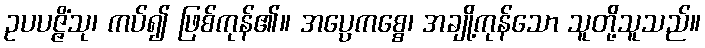
ဥပပဇ္ဇိံသု၊ ကပ်၍ ဖြစ်ကုန်၏။ အပ္ပေကစ္စေ၊ အချို့ကုန်သော သူတို့သူသည်။